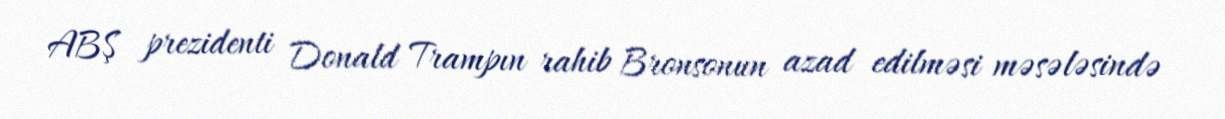
ABŞ prezidenti Donald Trampın rahib Bronsonun azad edilməsi məsələsində